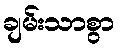
ချမ်းသာစွာ